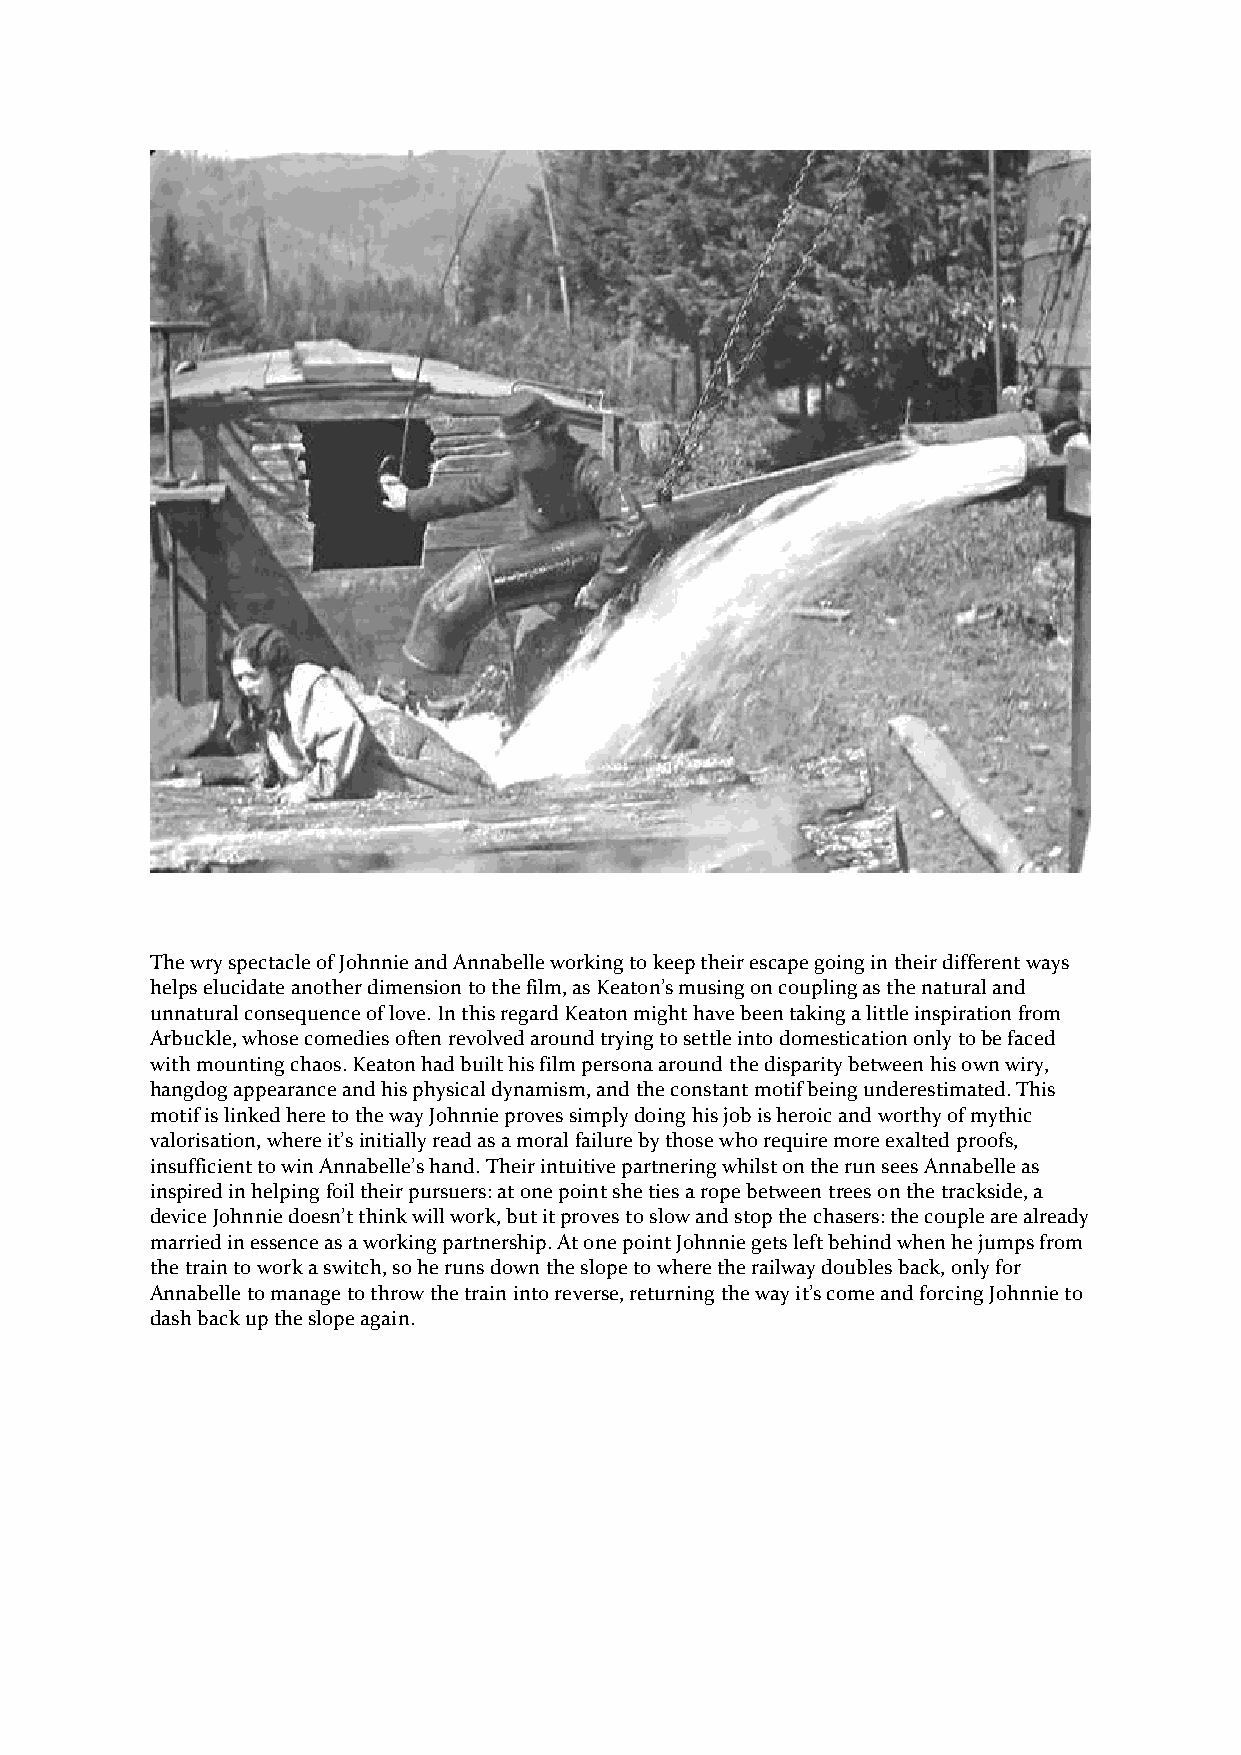
The wry spectacle of Johnnie and Annabelle working to keep their escape going in their different ways
 helps elucidate another dimension to the film, as Keaton’s musing on coupling as the natural and
 unnatural consequence of love. In this regard Keaton might have been taking a little inspiration from
 Arbuckle, whose comedies often revolved around trying to settle into domestication only to be faced
 with mounting chaos. Keaton had built his film persona around the disparity between his own wiry,
 hangdog appearance and his physical dynamism, and the constant motif being underestimated. This
 motif is linked here to the way Johnnie proves simply doing his job is heroic and worthy of mythic
 valorisation, where it’s initially read as a moral failure by those who require more exalted proofs,
 insufficient to win Annabelle’s hand. Their intuitive partnering whilst on the run sees Annabelle as
 inspired in helping foil their pursuers: at one point she ties a rope between trees on the trackside, a
 device Johnnie doesn’t think will work, but it proves to slow and stop the chasers: the couple are already
 married in essence as a working partnership. At one point Johnnie gets left behind when he jumps from
 the train to work a switch, so he runs down the slope to where the railway doubles back, only for
 Annabelle to manage to throw the train into reverse, returning the way it’s come and forcing Johnnie to
 dash back up the slope again.